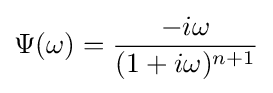
\Psi (\omega )={\frac {-i\omega }{(1+i\omega )^{n+1}}}